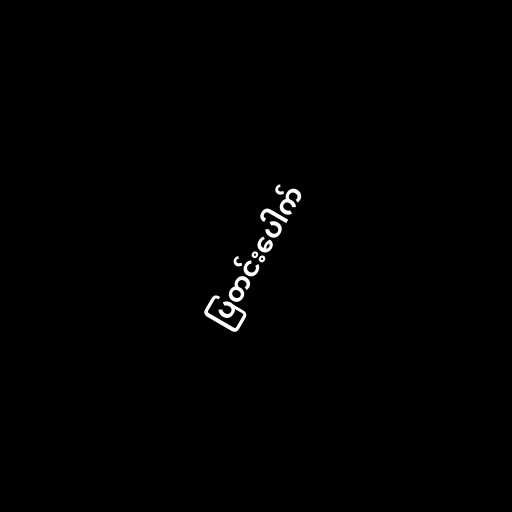
ပြတင်းပေါက်